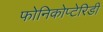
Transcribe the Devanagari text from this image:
फोनिकोप्टेरिडी